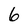
Character: 6